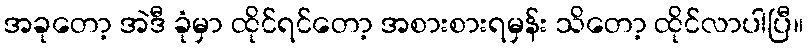
အခုတော့ အဲဒီ ခုံမှာ ထိုင်ရင်တော့ အစားစားရမှန်း သိတော့ ထိုင်လာပါပြီ။